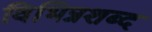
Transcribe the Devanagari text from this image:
विभिन्नशब्द